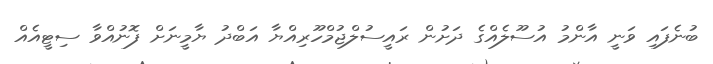
ބުނެފައި ވަނީ އާންމު އުސޫލެއްގެ ދަށުން ރައީސުލްޖުމްހޫރިއްޔާ އަބްދު ޔާމީނަށް ފޮނުއްވާ ސިޓީއެއް